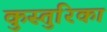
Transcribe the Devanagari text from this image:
कुस्तुरिका